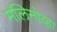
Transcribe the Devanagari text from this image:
मलिनोव्हा